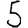
Digit: 5